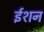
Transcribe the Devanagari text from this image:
ईशन